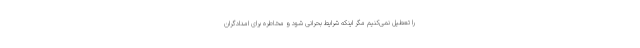
را تعطیل نمی‌کنیم مگر اینکه شرایط بحرانی شود و مخاطره برای امدادگران